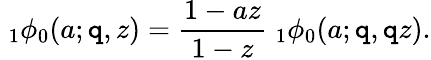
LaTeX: \; _{1}\phi_{0}(a;\mathtt{q},z)={\frac{{1-az}}{{1-z}}}\; _{1}\phi_{0}(a;\mathtt{q},\mathtt{q}z).